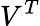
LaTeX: V^{T}